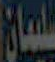
سليمان